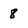
Character: 8